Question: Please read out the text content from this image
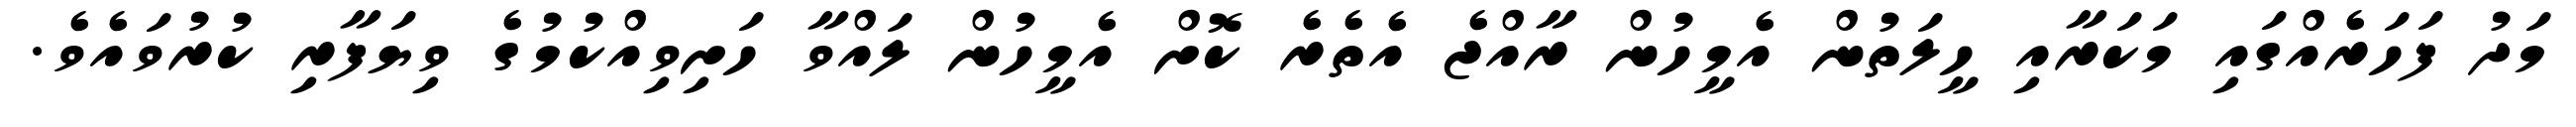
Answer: މަދު ފަހަރެއްގައި މަކަރާއި ހީލަތުން އެމީހުން ރާއްޖެ އެތެރެ ކޮށް އެމީހުން ލައްވާ ހަށިވިއްކުމުގެ ވިޔަފާރި ކުރުވައެވެ.